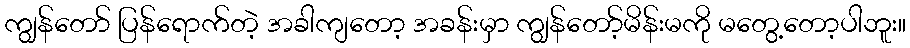
ကျွန်တော် ပြန်ရောက်တဲ့ အခါကျတော့ အခန်းမှာ ကျွန်တော့်မိန်းမကို မတွေ့တော့ပါဘူး။